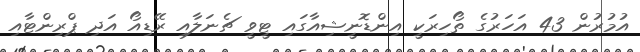
އުމުރުން 43 އަހަރުގެ ތޯހިރަކީ އިންޑޮނީޝިއާގައި ޓީވީ ޗެނަލާއި ރޭޑިއޯ އަދި ޕްރިންޓާއި